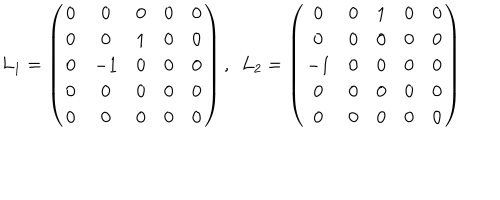
LaTeX: L _ { 1 } = \left( \begin{array} { c c c c c } { { 0 } } & { { 0 } } & { { 0 } } & { { 0 } } & { { 0 } } \\ { { 0 } } & { { 0 } } & { { 1 } } & { { 0 } } & { { 0 } } \\ { { 0 } } & { { - 1 } } & { { 0 } } & { { 0 } } & { { 0 } } \\ { { 0 } } & { { 0 } } & { { 0 } } & { { 0 } } & { { 0 } } \\ { { 0 } } & { { 0 } } & { { 0 } } & { { 0 } } & { { 0 } } \\ \end{array} \right) , \, \, \, L _ { 2 } = \left( \begin{array} { c c c c c } { { 0 } } & { { 0 } } & { { 1 } } & { { 0 } } & { { 0 } } \\ { { 0 } } & { { 0 } } & { { 0 } } & { { 0 } } & { { 0 } } \\ { { - 1 } } & { { 0 } } & { { 0 } } & { { 0 } } & { { 0 } } \\ { { 0 } } & { { 0 } } & { { 0 } } & { { 0 } } & { { 0 } } \\ { { 0 } } & { { 0 } } & { { 0 } } & { { 0 } } & { { 0 } } \\ \end{array} \right)